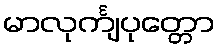
မာလုင်္ကျပုတ္တော